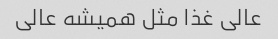
عالی غذا مثل همیشه عالی